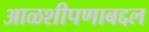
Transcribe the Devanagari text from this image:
आळशीपणाबद्दल